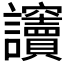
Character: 𧮡